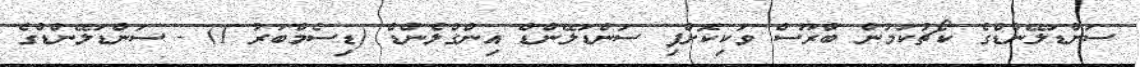
ސަންޑަލޭންޑްގެ ކޯޗުކަމުން ބްރޫސް ވަކިކޮށްފި ސަންޑަލޭންޑް އިންގްލެންޑް (ޑިސެމްބަރު 1) - ސަންޑަލޭންޑްގެ